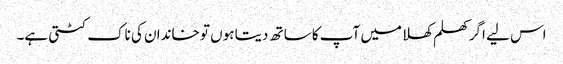
اس لیے اگر کھلم کھلا میں آپ کا ساتھ دیتا ہوں تو خاندان کی ناک کٹتی ہے۔